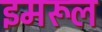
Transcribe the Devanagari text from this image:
इमरूल